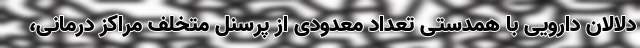
دلالان دارویی با همدستی تعداد معدودی از پرسنل متخلف مراکز درمانی،